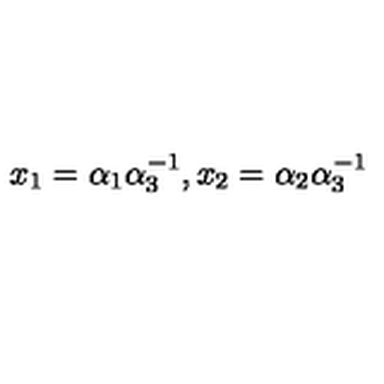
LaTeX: x _ { 1 } = \alpha _ { 1 } \alpha _ { 3 } ^ { - 1 } , x _ { 2 } = \alpha _ { 2 } \alpha _ { 3 } ^ { - 1 }